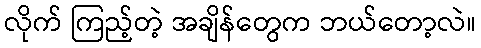
လိုက် ကြည့်တဲ့ အချိန်တွေက ဘယ်တော့လဲ။